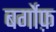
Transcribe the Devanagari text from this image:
बर्गोफ़